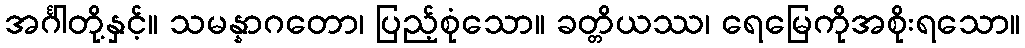
အင်္ဂါတို့နှင့်။ သမန္နာဂတော၊ ပြည့်စုံသော။ ခတ္တိယဿ၊ ရေမြေကိုအစိုးရသော။